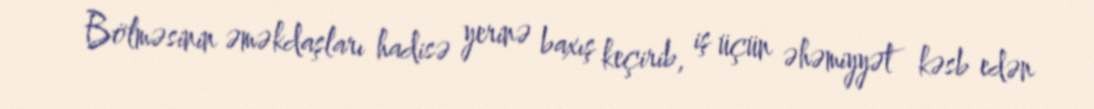
Bölməsinin əməkdaşları hadisə yerinə baxış keçirib, iş üçün əhəmiyyət kəsb edən